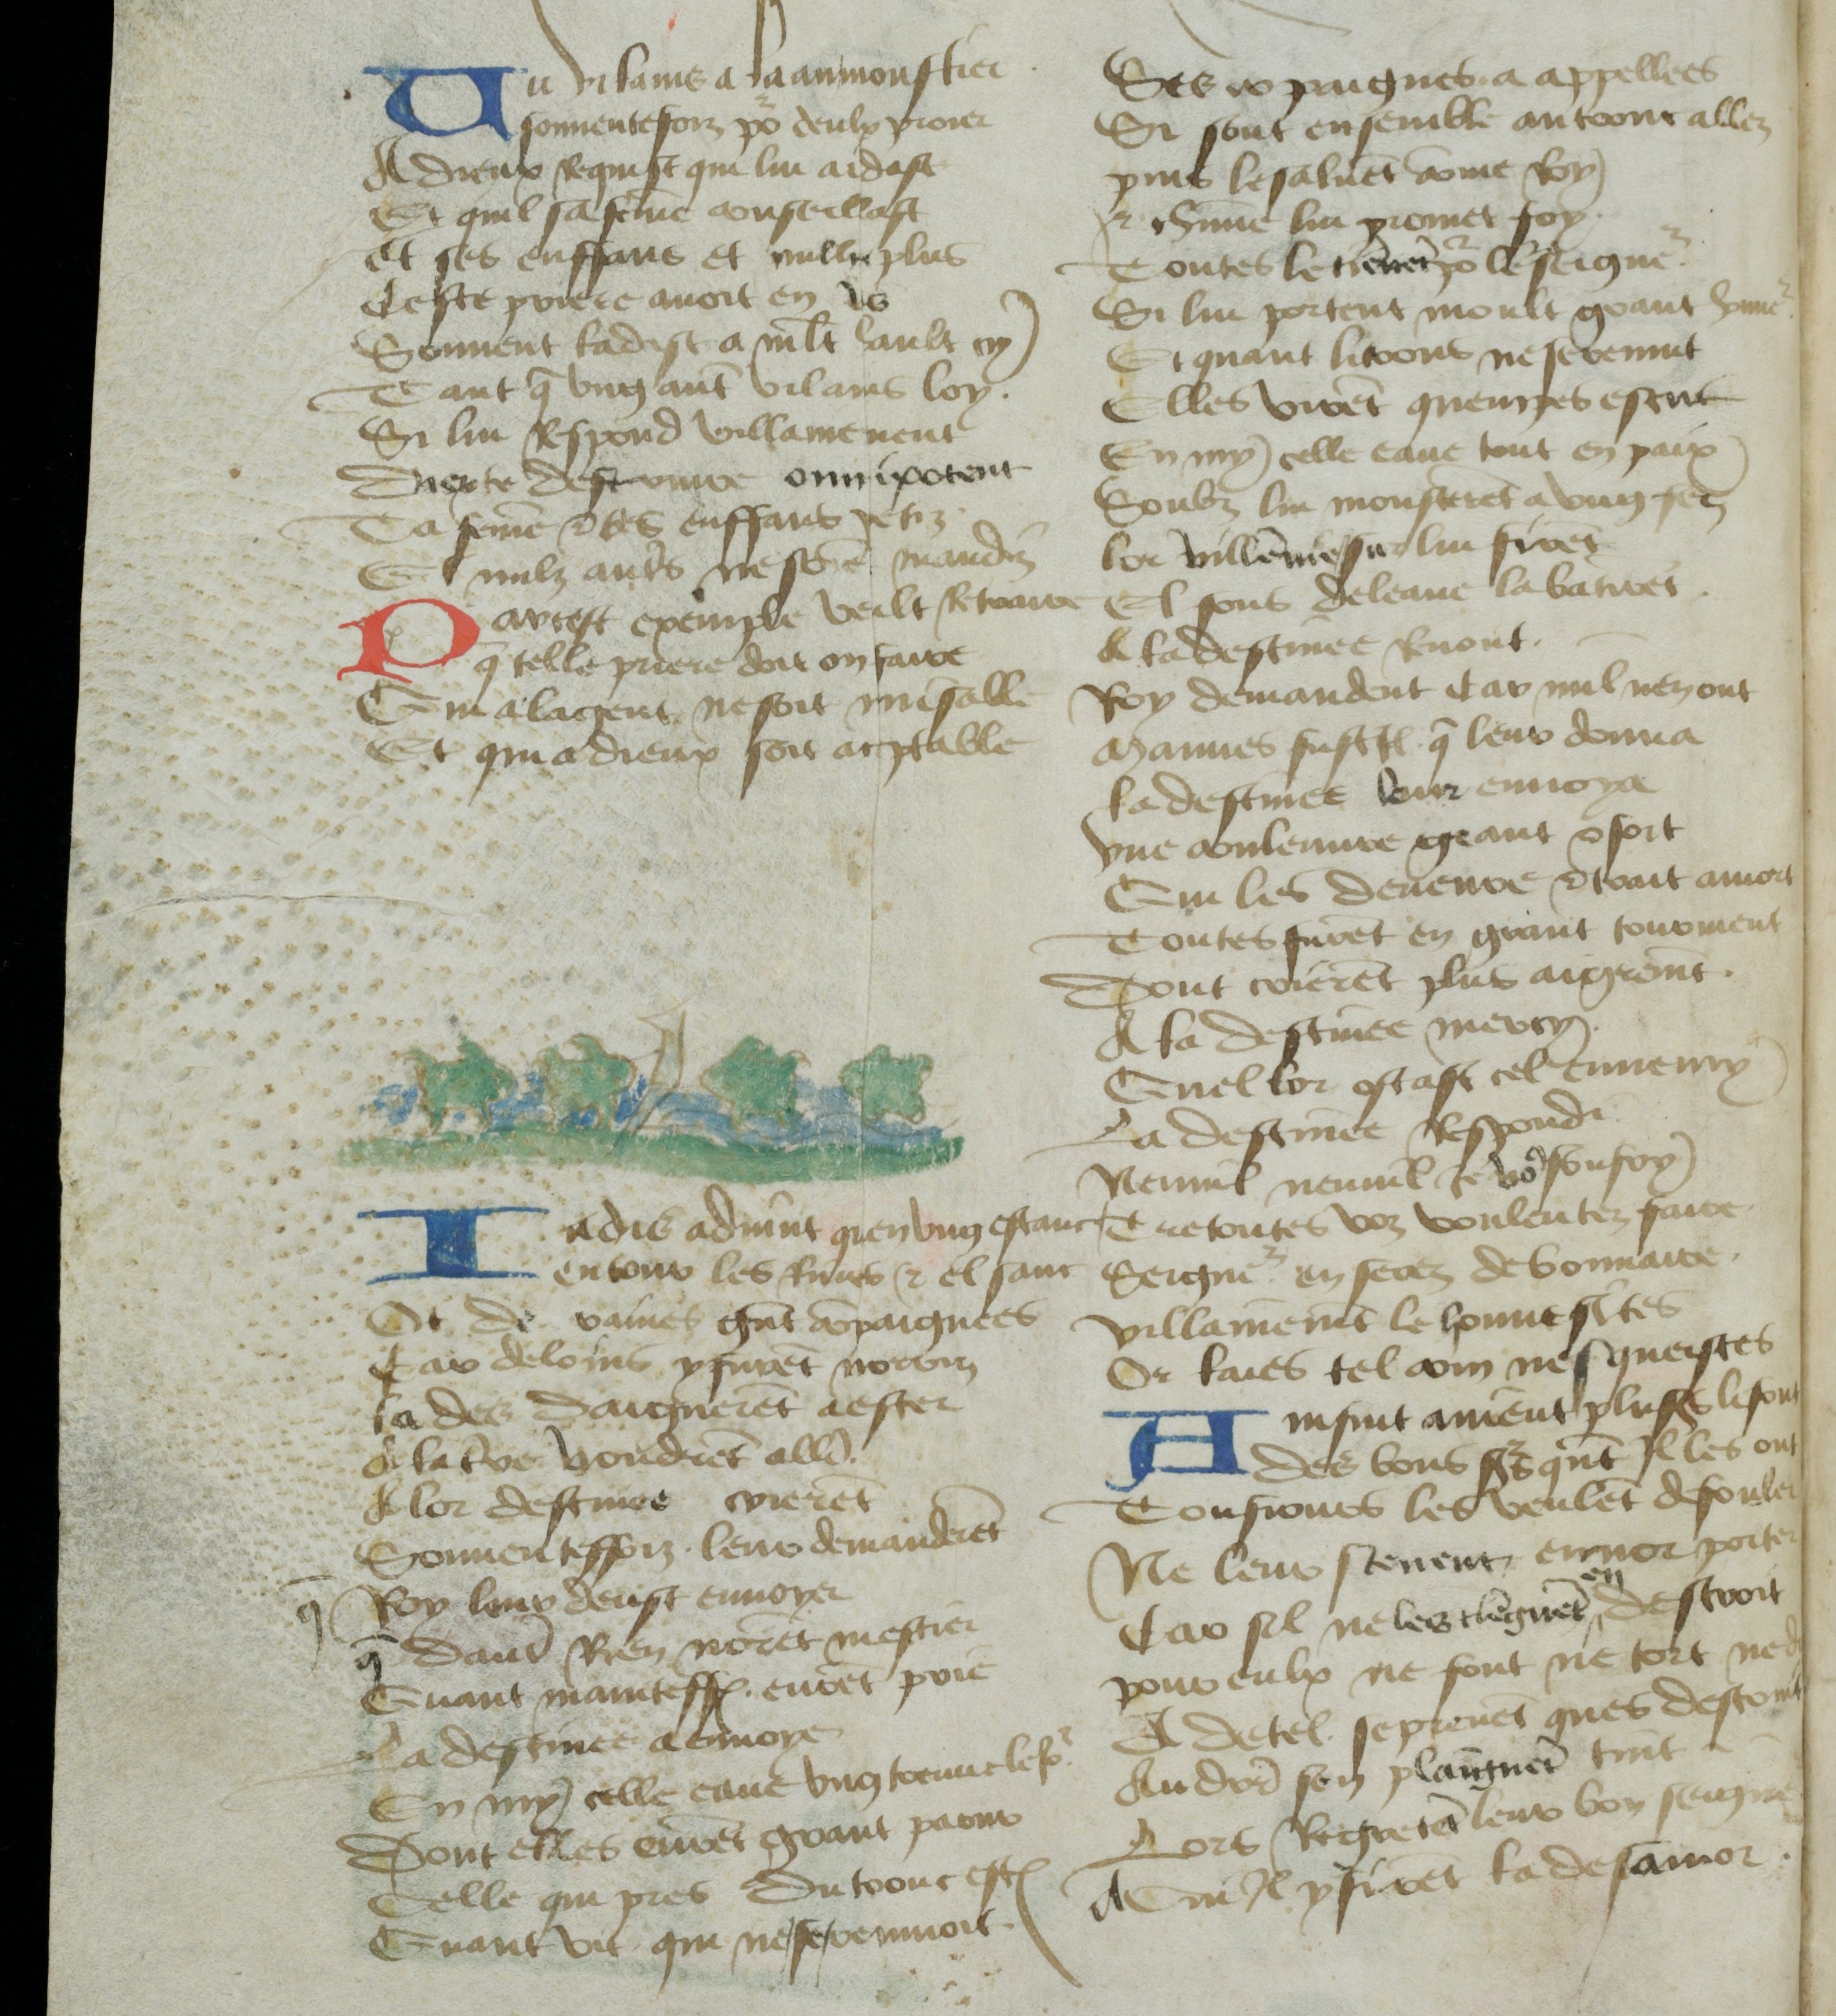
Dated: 1400–1499